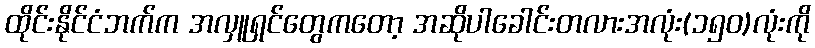
ထိုင်းနိုင်ငံဘက်က အလှူရှင်တွေကတော့ အဆိုပါခေါင်းတလားအလုံး(၁၅၀)လုံးကို